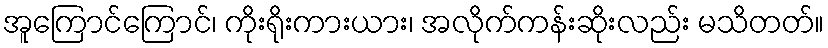
အူကြောင်ကြောင်၊ ကိုးရိုးကားယား၊ အလိုက်ကန်းဆိုးလည်း မသိတတ်။